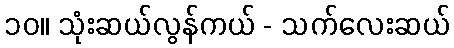
၁၀။ သုံးဆယ်လွန်ကယ် - သက်လေးဆယ်